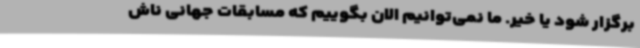
برگزار شود یا خیر. ما نمی‌توانیم الان بگوییم که مسابقات جهانی ناش